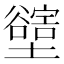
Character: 𡓛